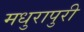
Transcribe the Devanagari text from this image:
मधुरापुरी